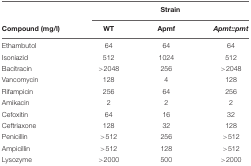
|  | <COLSPAN=3> Strain |
 | Compound (mg/l) | WT | Apmf | Apmt::pmt |
 | --- | --- | --- | --- |
 | Ethambutol | 64 | 64 | 64 |
 | Isoniazid | 512 | 1024 | 512 |
 | Bacitracin | >2048 | 256 | >2048 |
 | Vancomycin | 128 | 4 | 128 |
 | Rifampicin | 256 | 64 | 256 |
 | Amikacin | 2 | 2 | 2 |
 | Cefoxitin | 64 | 16 | 32 |
 | Ceftriaxone | 128 | 32 | 128 |
 | Penicillin | >512 | 256 | >512 |
 | Ampicillin | >512 | 128 | >512 |
 | Lysozyme | >2000 | 500 | >2000 |